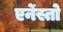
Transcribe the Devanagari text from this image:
एर्नेस्तो